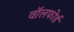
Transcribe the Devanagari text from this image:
वॉलफोर्ड